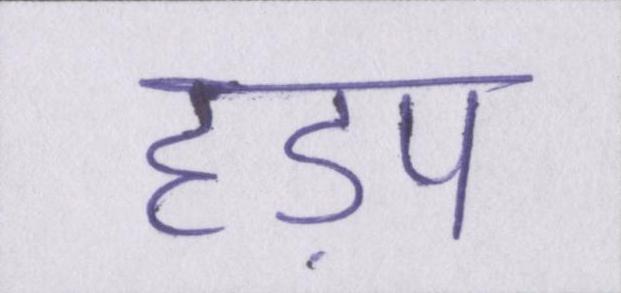
हड़प